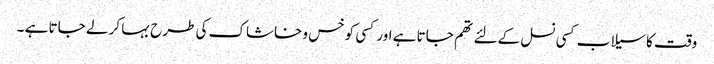
وقت کا سیلاب کسی نسل کےلئے تھم جاتا ہے اور کسی کو خس و خاشاک کی طرح بہا کر لے جاتا ہے ۔